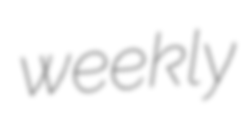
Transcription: weekly